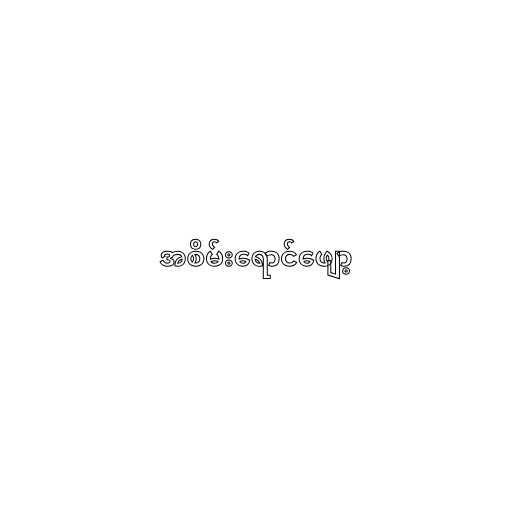
အစိမ်းရောင်ဖျော့